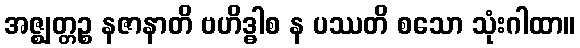
အဇ္ဈတ္တဉ္စ နဇာနာတိ ဗဟိဒ္ဓါစ န ပဿတိ စသော သုံးဂါထာ။